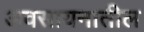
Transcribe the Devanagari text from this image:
अवसायनातील